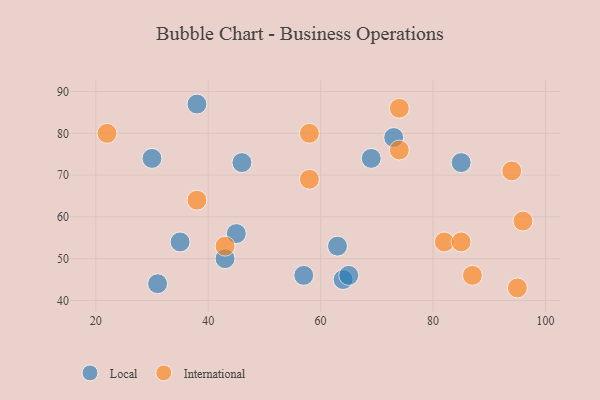
{"axis": {"x": "GDP", "y": "Life Expectancy"}, "legend": ["International", "Local"], "data": [{"x": "43", "y": 50, "type": "Local"}, {"x": "31", "y": 44, "type": "Local"}, {"x": "57", "y": 46, "type": "Local"}, {"x": "35", "y": 54, "type": "Local"}, {"x": "85", "y": 73, "type": "Local"}, {"x": "45", "y": 56, "type": "Local"}, {"x": "46", "y": 73, "type": "Local"}, {"x": "73", "y": 79, "type": "Local"}, {"x": "64", "y": 45, "type": "Local"}, {"x": "65", "y": 46, "type": "Local"}, {"x": "38", "y": 87, "type": "Local"}, {"x": "30", "y": 74, "type": "Local"}, {"x": "69", "y": 74, "type": "Local"}, {"x": "63", "y": 53, "type": "Local"}, {"x": "82", "y": 54, "type": "International"}, {"x": "96", "y": 59, "type": "International"}, {"x": "87", "y": 46, "type": "International"}, {"x": "95", "y": 43, "type": "International"}, {"x": "94", "y": 71, "type": "International"}, {"x": "74", "y": 76, "type": "International"}, {"x": "58", "y": 69, "type": "International"}, {"x": "58", "y": 80, "type": "International"}, {"x": "38", "y": 64, "type": "International"}, {"x": "22", "y": 80, "type": "International"}, {"x": "85", "y": 54, "type": "International"}, {"x": "43", "y": 53, "type": "International"}, {"x": "74", "y": 86, "type": "International"}]}